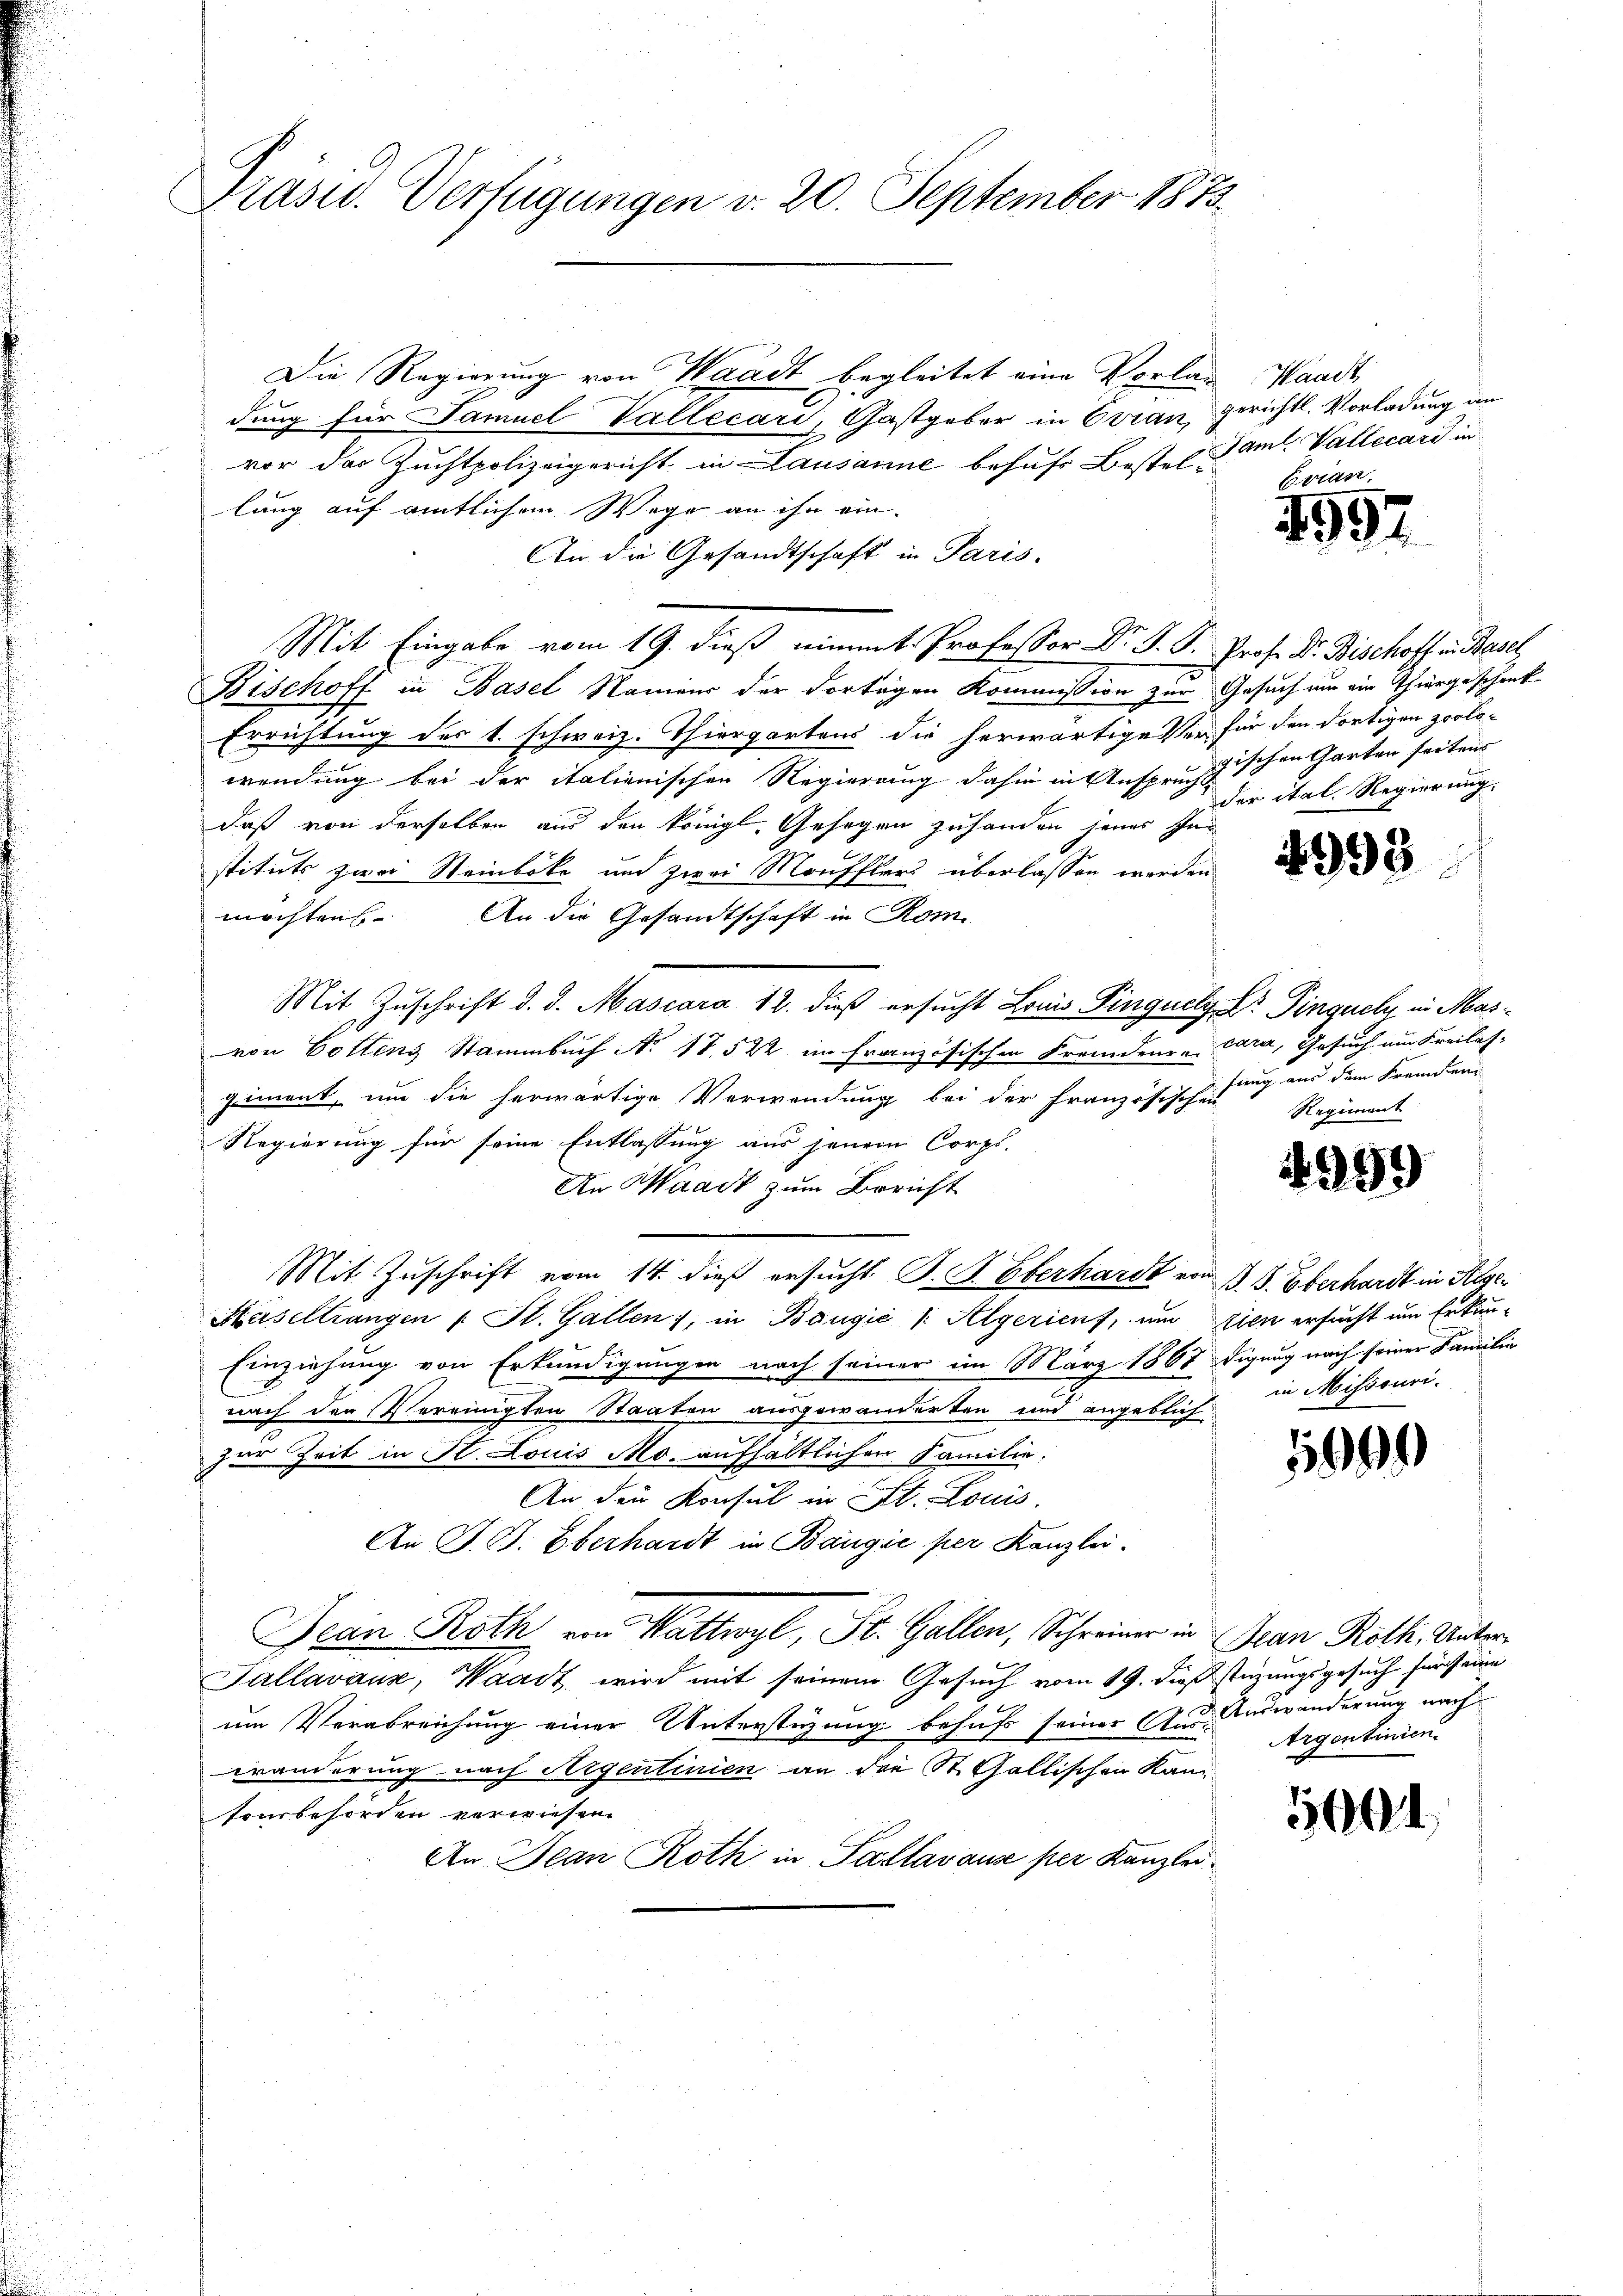
Präsid. Verfügungen v. 20. September 1873

Die Regierung von Waadt begleitet eine Vorlag Waadt
dung für Tamuel Vallecari, Gastgeber in Esrau, gerichtl. Vorladung an
vor der Zuchtpolizeigericht in Lausanne behufs Bestel Saml. Vallecárd in
lung auf amtlichem Wege an ihn ein-
An die Gesandtschaft in Paris.
Mit Eingabe vom 19. dieß nimmt Professor Dr. S. D. Prof. Dr. Bischott in Basel,
Bischoff in Basel Namens der dortagen Kommission zur Gesuch um ein Thiergeschenk
Errichtung des 1. schweiz. Thiergartens die herwärtige er für den dortigen zoolo-
wendung bei der italienischen Regierung dahin in Ansprugischen Garten seitens
daß von derselben aus den königl. Gesagen zuhanden jenes Instituts zwei Steinboke und zwei Moufflers überlassen werden
möchtens. An die Gesandtschaft in Rom
Mit Zuschrift d. d. Mascara 12. dieß ersucht Louis Pinguelg Dr. Fingeln in Masvon Gottens Stammbuch No 17. 522 im Französischen Fremdenr -Cara, Gesuch am Freilas-
giment, um die herwärtige Verwendung bei der Französischen
Regierung für seine Entlassung aus jener Corps.
An Waadt zum Bericht
Mit Zuschrift vom 14. dieß ersucht S. S. Oberhardt von 3 S. Überhardt in Kese¬
Hüseltrangen u. St. Gallen, in Baugić /: Algerienf, um zien ersucht um Erkun-
Einziehung von Erkundigungen noch seiner im März 1867 digung nach seiner Familie
nach der Vereinigten Staaten ausgewanderten und angeblich
zur Zeit in St. Louis Mo. aufhältlichen Familie.
An der Konsul in St. Louis.
An J. B. Oberhardt in Bangić per Kanzlei.
Jean Roth ein Wattwyl, St. Gallen, Schreiner in Jean Roth, Unter¬
Tallavaux, Waadt, wird mit seinem Gesuch vom 19. dieß stüzungsgesuch für seine
um Verabreichung einer Unterstüzung behufs seiner Aus-Auswanderung nach
wranderung nach Aigentinien an die St. Gallischen Kan-
sonbeforden verwiesen
An Jean Roth in Pallavause per Kanzlei.

Evian.
4957

der ital. Regierung.

4993

fung aus dem Fremden
Regiment

4999

in Missouri.

1690)

Argentinien.

1604